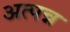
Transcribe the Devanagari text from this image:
अत्पन्न